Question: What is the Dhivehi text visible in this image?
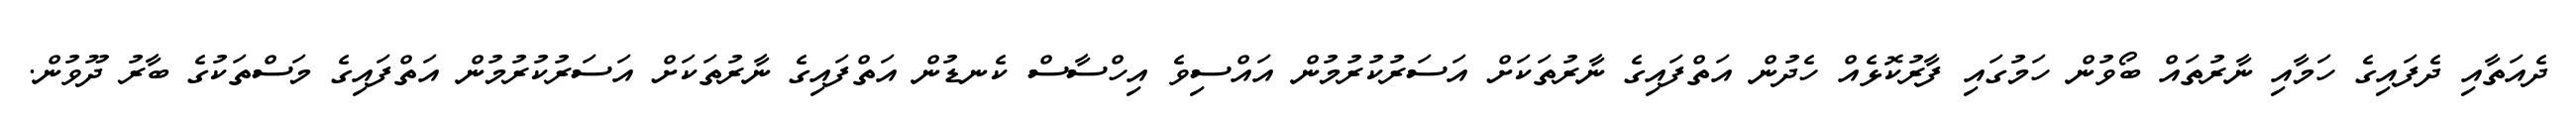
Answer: ދެއަތާއި ދެފައިގެ ހަމާއި ނާރުތައް ބޯވުން ހަމުގައި ފާރުކޮޅެއް ހެދުން އަތްފައިގެ ނާރުތަކަށް އަސަރުކުރުމުން އައްސިވެ އިހްސާސް ކެނޑުން އަތްފައިގެ ނާރުތަކަށް އަސަރުކުރުމުން އަތްފައިގެ މަސްތަކުގެ ބާރު ދޫވުން.